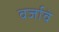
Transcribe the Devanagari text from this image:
वर्जावे